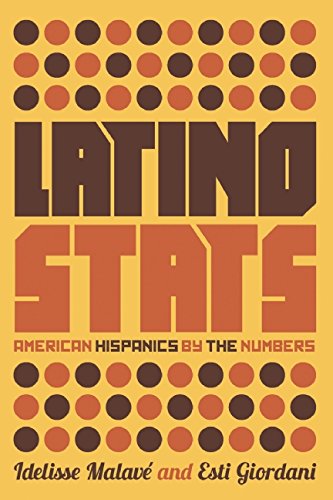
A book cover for Latino Stats: American Hispanics by the Numbers; Idelisse MalavÃ©; Politics & Social Sciences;